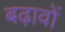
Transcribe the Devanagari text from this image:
बढ़ावों